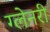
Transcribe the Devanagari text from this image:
ग्‍लेनरी